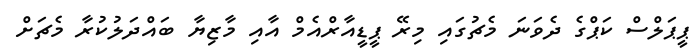
ޕީޕަލްސް ކަޕްގެ ދެވަނަ މެޗުގައި މިރޭ ޕީޑީއާރްއެމް އާއި މާޒިޔާ ބައްދަލުކުރާ މެޗަށް